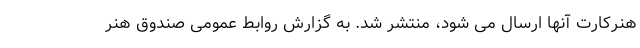
هنرکارت آنها ارسال می شود، منتشر شد. به گزارش روابط عمومی صندوق هنر